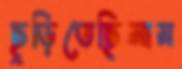
ছুড়িতেছিলাম